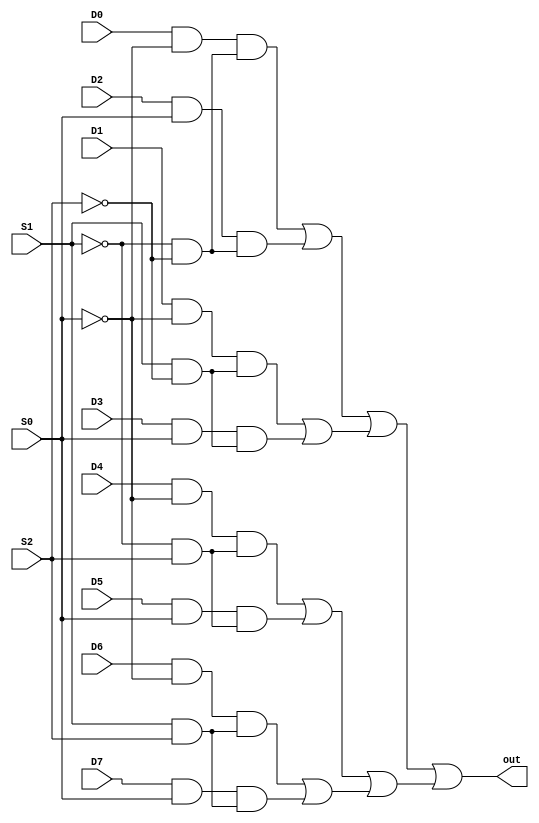
module multiplexer_8to1(input D0, D1, D2, D3, D4, D5, D6, D7, S0, S1, S2, output out);


// wire d1, d2, d3, d4, d5, d6, d7;

	wire T0, T1, T2;
	wire k0, k1, k2, k3, k4, k5, k6, k7, k8, k9, k10, k11, k12, k13, k14, k15;
	wire temp0, temp1, temp2, temp3, temp4, temp5, temp6, temp7;
	wire my0, my1, my2, my3, mine, mine2;


	not not1(T0, S0); // T0 = !S0
	not not2(T1, S1);	// T1 = !S1
	not not3(T2, S2);	// T2 = !S2


	and and1(k0, D0, T0);
	and and2 (k1, T1, T2);
	and and3 (temp0, k0, k1);
	
	and and4 (k2, D2, S0);
	and and5 (k3, T1, T2);
	and and6(temp1, k2, k3);

	and and7 (k4, D1, T0);
	and and8 (k5, S1, T2);
	and and9 (temp2, k4, k5);

	and and10 (k6, D3, S0);
	and and11 (k7, S1, T2);
	and and12 (temp3, k6, k7);

	and and13 (k8, D4, T0);
	and and14 (k9, T1, S2);
	and and15 (temp4, k8, k9);
	
	and and16 (k10, D5, S0);
	and and17 (k11, S2, T1);
	and and18 (temp5, k10, k11);

	and and19 (k12, D6, T0);
	and and20 (k13, S1, S2);
	and and21 (temp6, k12, k13);
	
	and and22 (k14, D7, S0);
	and and23 (k15, S1, S2);
	and and24 (temp7, k14, k15);
	
	// temp0 temp1 temp2 temp3 temp4 temp5 temp6 temp7
	
	or or1 (my0,temp0, temp1);
	or or2 (my1, temp2, temp3);
	or or3 (my2, temp4, temp5);
	or or4 (my3, temp6, temp7);
	or or5 (mine, my0, my1);
	or or6 (mine2, my2, my3);
	or or7 (out, mine, mine2);


endmodule